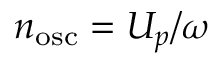
n _ { \mathrm { o s c } } = U _ { p } / \omega